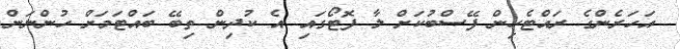
އަހަރެންގެ ރައްޓެހިން ފޭސްބުކަށް ލާ ފޮޓޯގައި އެ ކުދިން ތިބޭ ބައްޓަމަށް ހުންނަން